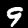
Label: 9